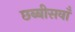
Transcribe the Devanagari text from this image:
छब्बीसवाँ